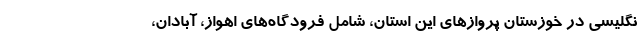
نگلیسی در خوزستان پروازهای این استان، شامل فرودگاه‌های اهواز، آبادان،